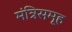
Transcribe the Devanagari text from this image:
मंत्रिसमूह